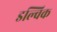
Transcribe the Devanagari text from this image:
डल्विक